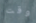
وقت